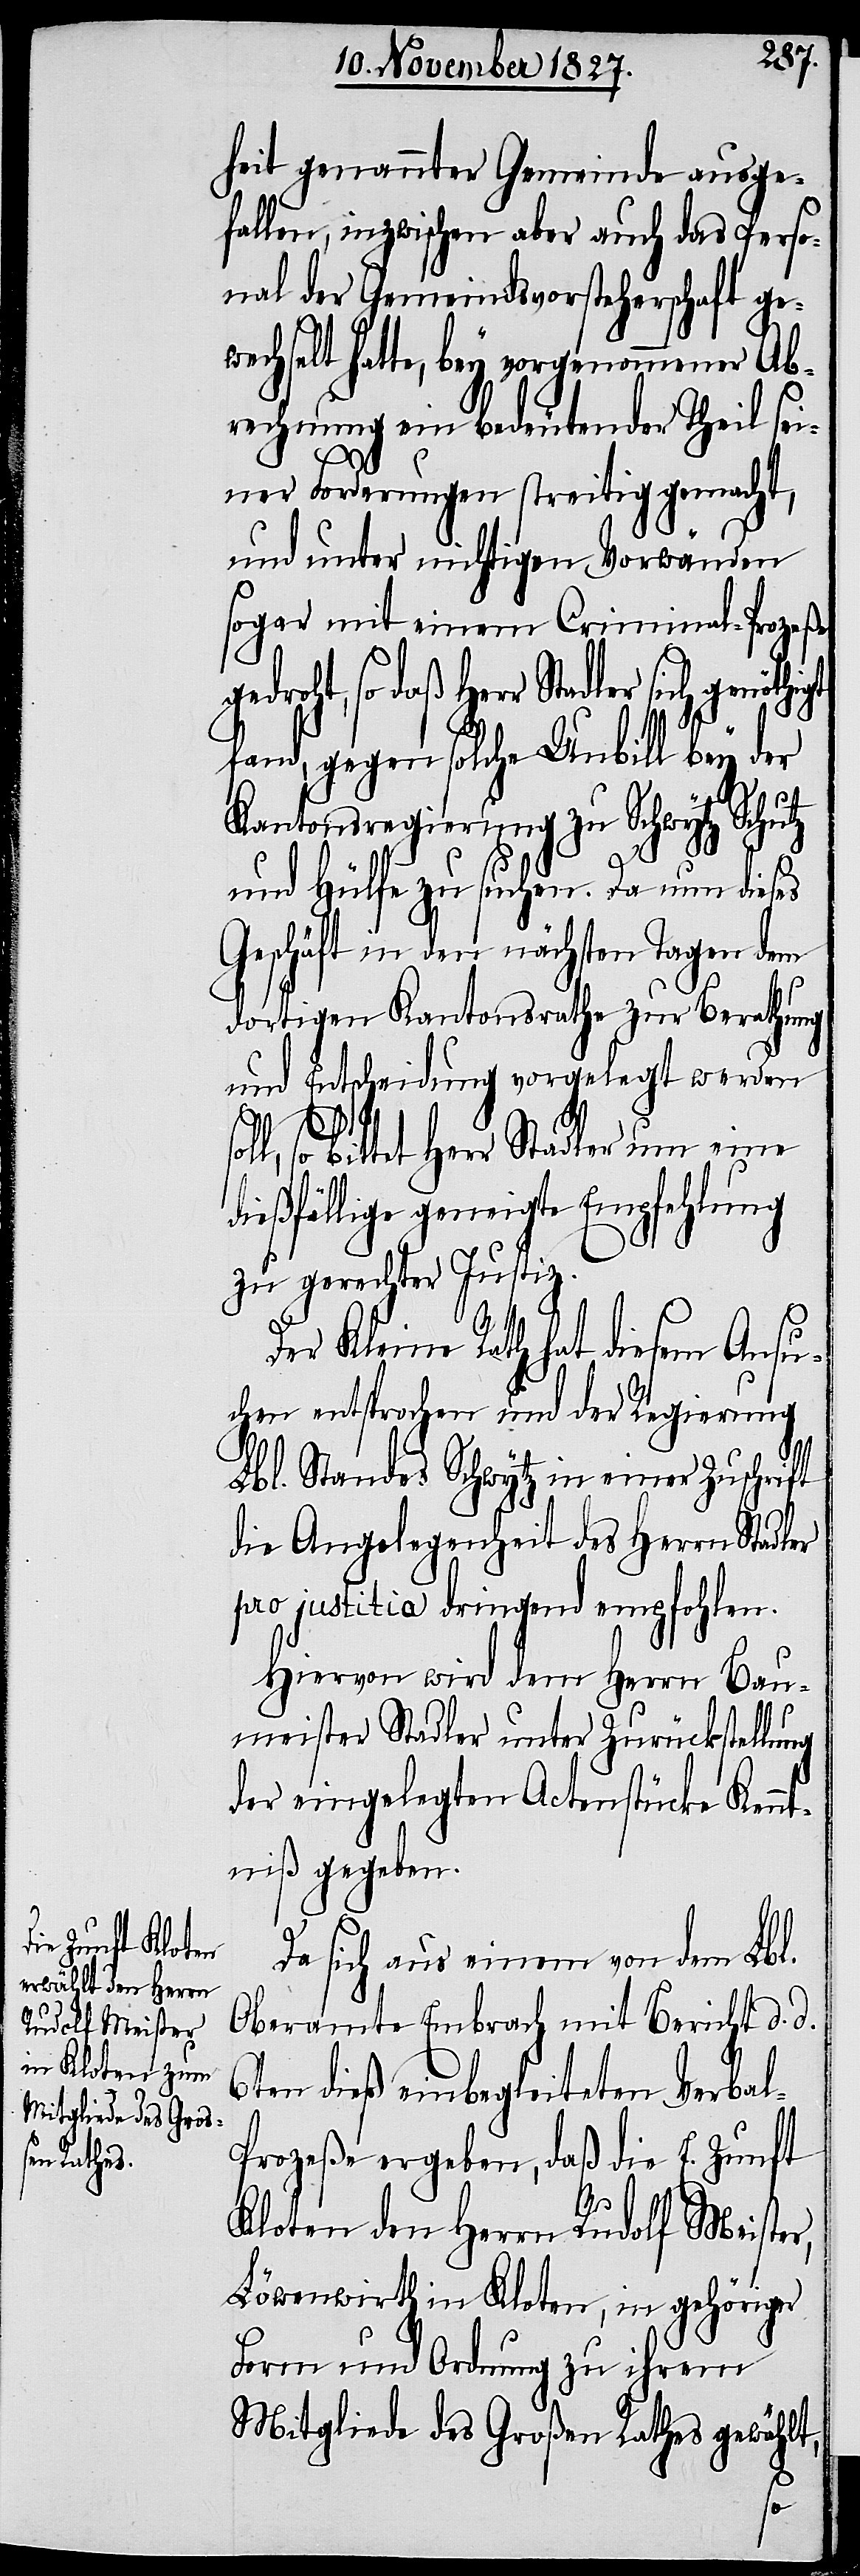
heit genannter Gemeinde ausge¬
fallen, inzwischen aber auch das Perso¬
nal der Gemeindsvorsteherschaft ge¬
wechselt hatte, bey vorgenommener Ab¬
rechnung ein bedeutender Theil sei¬
ner Forderungen streitig gemacht,
und unter nichtigen Vorwänden
sogar mit einem Criminal-Prozeße
gedroht, so daß Herr Stadler sich
fand, gegen solche Unbill bey der
Kantonsregierung zu Schwytz Schutz
und Hülfe zu suchen. Da nun dieses
Geschäft in den nächsten Tagen
dortigen Kantonsrathe zur Berathung
und Entscheidung vorgelegt werden
soll, so bittet Herr Stadler um eine
dießfällige geneigte Empfehlung
zu gerechter Justiz.
Der Kleine Rath hat diesem Ansu¬
chen entsprochen und der Regierung
Lbl. Standes Schwytz in einer Zuschrift
die Angelegenheit des Herrn Stadler
pro justitia dringend empfohlen.
Hiervon wird dem Herrn Bau¬
meister Stadler unter Zurückstellung
der eingelegten Actenstücke Kennt¬
niß gegeben.
Da sich aus einem von dem Lbl.
Oberamte Embrach mit Bericht d. d.
6ten dieß einbegleiteten Verbal-P¬
rozeße ergeben, daß die E. Zunft
Kloten den Herrn Rudolf Meister,
Löwenwirth in Kloten, in gehöriger
Form und Ordnung zu ihrem
Mitgliede des Großen Rathes gewählt,